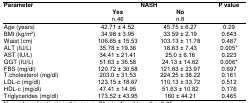
| <ROWSPAN=2> Parameter | <COLSPAN=2> NASH | <ROWSPAN=2> P value |
 | Yes n.46 | No n.8 |
 | --- | --- | --- | --- |
 | Age (years) | 42.71 ± 4.52 | 45.75 ± 6.27 | 0.29 |
 | BMI (kg/m2) | 34.98 ± 3.95 | 33.59 ± 2.19 | 0.643 |
 | Waist (cm) | 106.65 ± 15.53 | 103.13 ± 11.78 | 0.487 |
 | ALT (IU/L) | 35.78 ± 19.36 | 18.63 ± 7.43 | 0.005* |
 | AST (IU/L) | 34.41 ± 21.41 | 25.0 ± 6.16 | 0.223 |
 | GGT (IU/L) | 51.63 ± 36.58 | 24.13 ± 14.62 | 0.006* |
 | FBS (mg/dl) | 120.72 ± 30.58 | 121.63 ± 23.97 | 0.697 |
 | T.cholesterol (mg/dl) | 203.0 ± 31.53 | 224.25 ± 38.22 | 0.161 |
 | LDL-c (mg/dl) | 123.15 ± 18.67 | 110.13 ± 33.72 | 0.512 |
 | HDL-c (mg/dl) | 47.41 ± 14.95 | 51.63 ± 10.82 | 0.176 |
 | Triglycerides (mg/dl) | 173.52 ± 43.95 | 160 ± 44.21 | 0.465 |